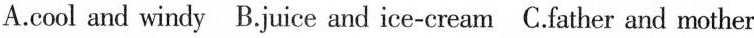
A. cool and windy B.Juice and ice-cream C.Father and mother